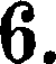
6.